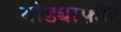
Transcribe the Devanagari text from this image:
थोड्याफ़ार